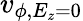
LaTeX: v_{\phi,E_{z}=0}